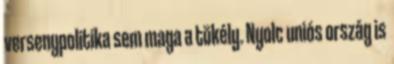
versenypolitika sem maga a tökély. Nyolc uniós ország is